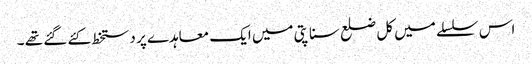
اس سلسلے میں کل ضلع سناپتی میں ایک معاہدے پر دستخط کئے گئے تھے ۔